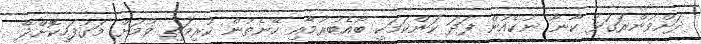
ދަށްވުންރަގަޅު ކާނާ ނުކެއުން ފަދަ ކަންކަމަކީ ބޯއެބުރުމާއި ހޭނެތުން ކުރިމަތި ވުމަށް މަގުފަހިކޮށްދޭ